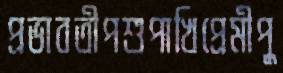
প্রভাবতীপশুপাখিপ্রেমীপু